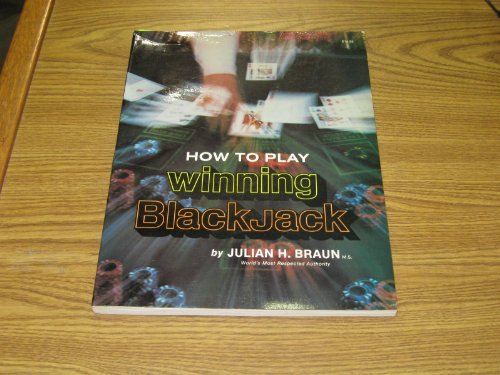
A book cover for How to play winning blackjack; Julian H Braun; Humor & Entertainment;